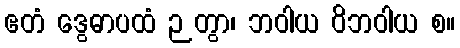
ဧတံ ဒွေဓာပထံ ဉတွာ၊ ဘဝါယ ဝိဘဝါယ စ။